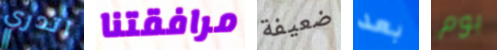
اتدري مرافقتنا ضعيفة بعد بوم